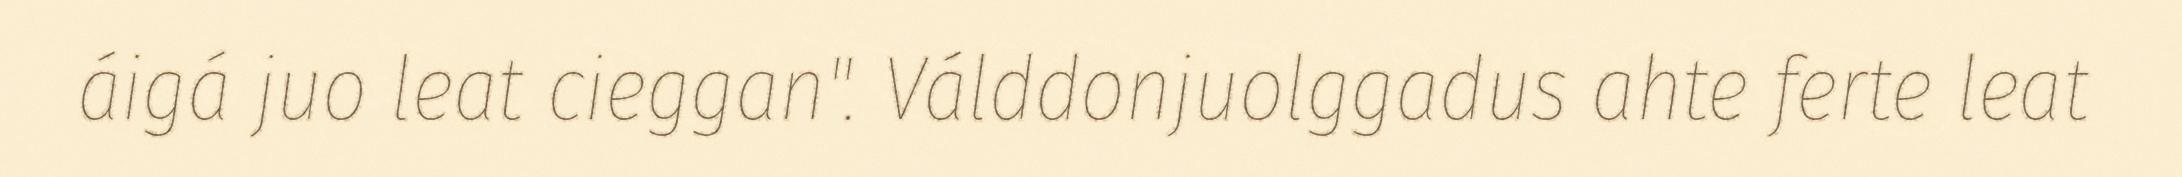
áigá juo leat cieggan". Válddonjuolggadus ahte ferte leat